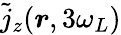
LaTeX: \tilde{j}_{z}(\boldsymbol r,3\omega_{L})